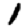
Digit: 1